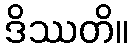
ဒိဿတိ။